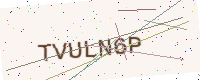
Text: TVULN6P